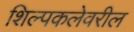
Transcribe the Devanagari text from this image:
शिल्पकलेवरील